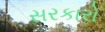
સરકારો